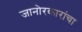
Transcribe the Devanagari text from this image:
जानोरकारांचा